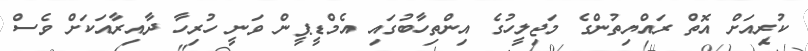
ކުރިއަށް އޮތް ރައްޔިތުންގެ މަޖިލީހުގެ އިންތިހާބުގައި އެމްޑީޕީން ވަނީ ހުރިހާ ދާއިރާއަކަށް ވެސް